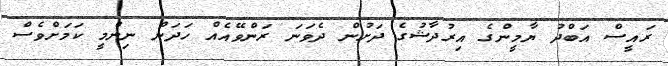
ރައީސް އަބްދު ޔާމީންގެ އިރުދާޝުގެ ދަށުން ދެވަނަ ރަންވޭއެއް ހަދަން ނިންމީ ކަމަށްވެސް